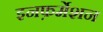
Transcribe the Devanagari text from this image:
इनफ़र्मेशन